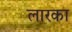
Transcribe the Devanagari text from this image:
लारका